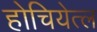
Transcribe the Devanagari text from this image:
होचियेत्ल